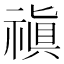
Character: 禛